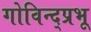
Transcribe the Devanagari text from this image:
गोविन्द्प्रभू